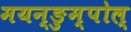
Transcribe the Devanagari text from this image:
मयन्ङुम्पोल्